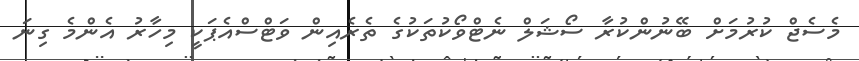
މެސެޖް ކުރުމަށް ބޭނުންކުރާ ސޯޝަލް ނެޓްވޯކުތަކުގެ ތެރެއިން ވަޓްސްއެޕަކީ މިހާރު އެންމެ ގިނަ